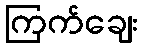
ကြက်ချေး